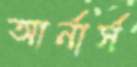
আর্নার্স